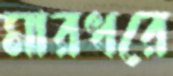
মারধরে